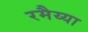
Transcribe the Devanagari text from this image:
रमैय्या